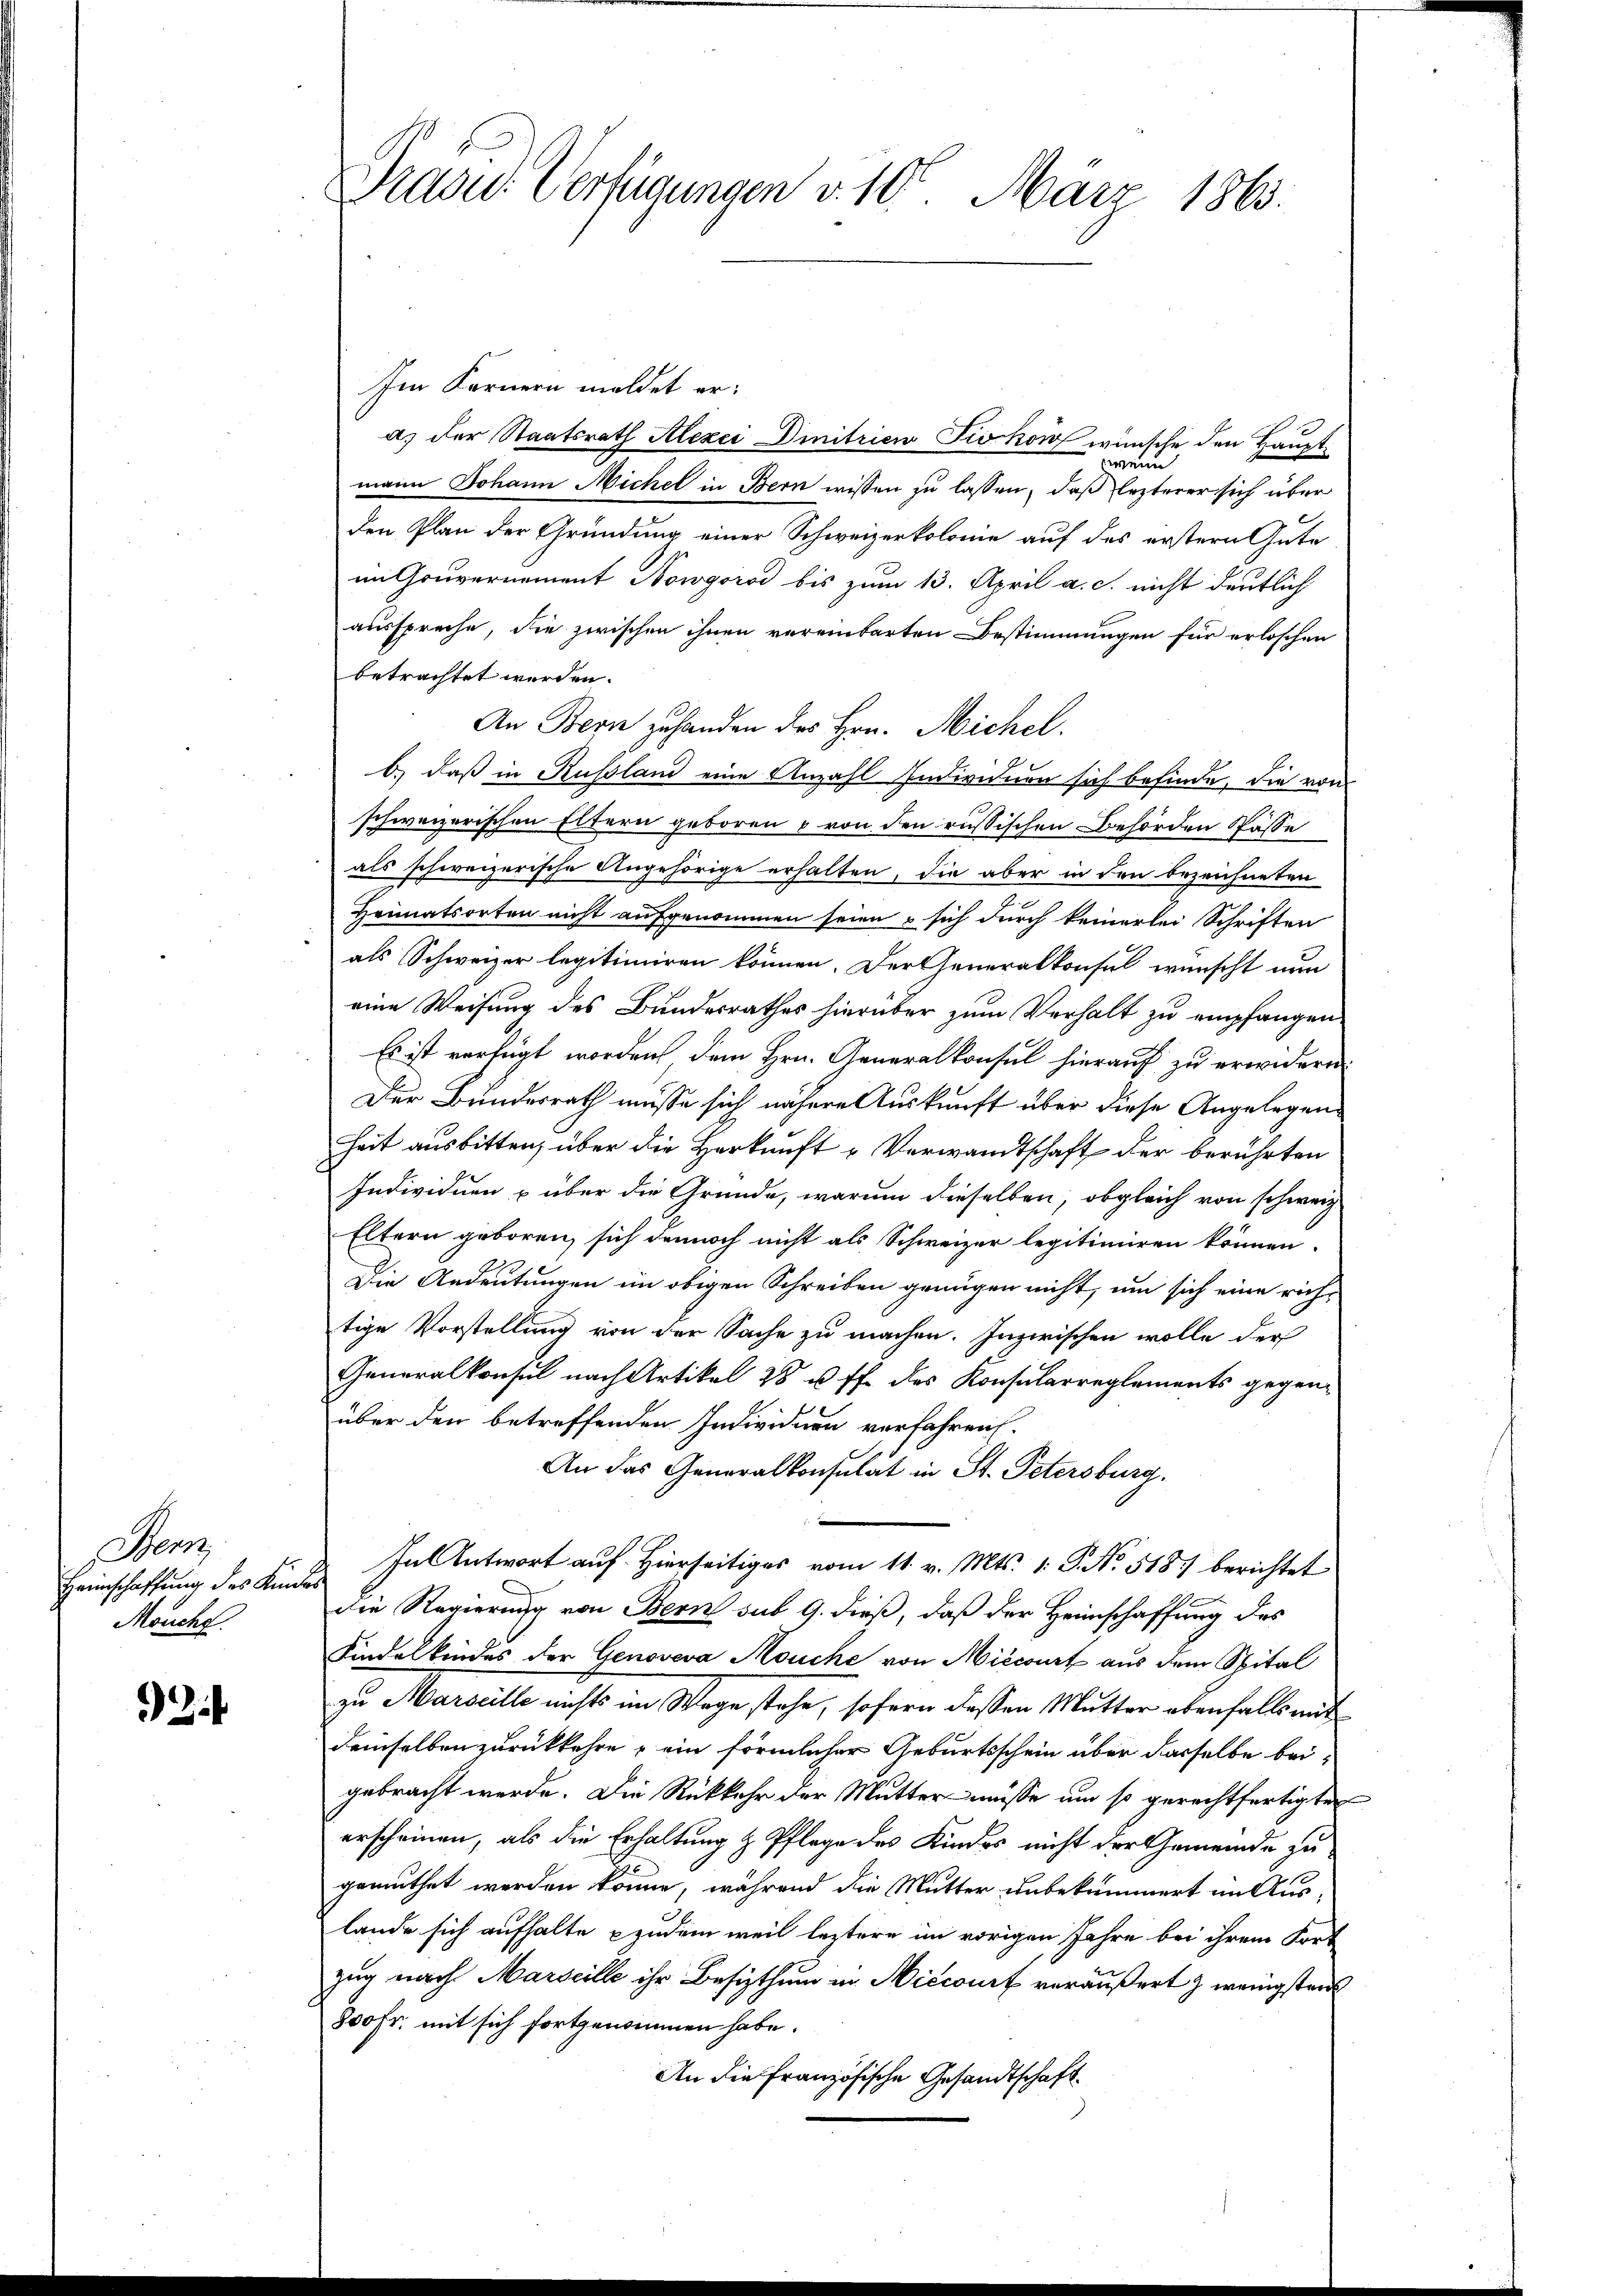
Sen
Heimschaffung des Kindes
Mouche.

24

Prase Verfügungen v. 10. März 1863.

Im Fernern meldet era) der Staatsrath Alexei Dinitrien Fiokow wünsche den Hauptwenn
mann Johann Michel in Bern wissen zu lassen, daß lezterer sich über
den Plan der Gründung einer Schweizerkolonie auf des erstern Gute
im Gouvernement Nowgorod bis zum 13. April a. c. nicht deutlich
ausspreche, die zwischen ihnen vereinbarten Bestimmungen für erloschen
betrachtet werden.
An Bern zuhanden des Hrn. Michel.
b.) daß in Russland eine Anzahl Indwidmen sich befinde, die von
schweizerischen Eltern geboren u von den russischen Behörden Pässe
als schweizerische Angehörige erhalten, die aber in den bezeichneten
Heimatsorten nicht aufgenommen seien u. sich durch keinerlei Schriften
als Schweizer legitimiren können. Der Generalkonsul wünscht nun
eine Weisung des Bundesrathes hierüber zum Verhalt zu empfangen
Es ist verfügt worden dem Hrn. Generalkonsul hierauf zu erwidern.
Der Bundesrath müsse sich nähere Auskunft über diese Angelegen¬
Zeit ausbitten, über die Herkunft Verwandtschaft der berührten
Individuen u über die Gründe, warum dieselben, obgleich von schweiz.
Eltern geboren, sich dennoch nicht als Schweizer legitimiren können.
Die Andeutungen im obigen Schreiben grungen nicht, um sich eine richtige Vorstellung von der Sache zu machen. Inzwischen wolle der
Generalkonsul nach Artikel 28 u. ff. des Konsularreglements gegenüber den betreffenden Individuen verfahren.
An das Generalkonsulat in St. Petersburg.
Fal Antwort auf Hierseitiges vom 11. v. Mts. 1. P. No. 518 berichtet
die Regierung von Bern sub 9. dieß, daß der Heimschaffung des
Findelkindes der Genoveva Mouche von Miccourt aus dem Spital
zu Marseille nichts im Wege stehe, sofern dassen Mutter ebenfalls mit
demselben zurückkehre, ein förmlicher Geburtsschein über dasselbe beigebracht werde. Die Rückkehr der Mutter müsse um so gerechtfertigten
erscheinen, als die Erhaltung & Pflege des Kindes nicht der Gemeinde zu
gemuthet werden könne, während die Mutter unbekümmert in Auslande sich aufhalte zudem weil leztere im vorigen Jahre bei ihrem Fort
zug nach Marseille ihr Besizthum in Niccourt veräußert & wenigsten
800 fr. mit sich fortgenommen habe.
An die Französische Gesandtschaft